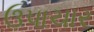
ઉપાચાર